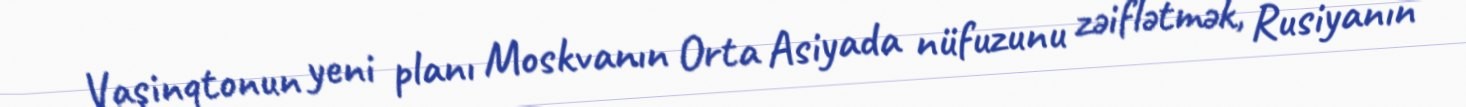
Vaşinqtonun yeni planı Moskvanın Orta Asiyada nüfuzunu zəiflətmək, Rusiyanın